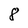
Character: 8